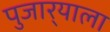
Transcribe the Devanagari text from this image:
पुजार्‍याला